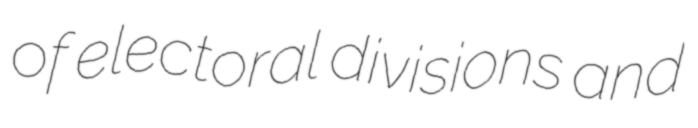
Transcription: of electoral divisions and